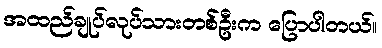
အထည်ချုပ်လုပ်သားတစ်ဦးက ပြောပါတယ်။